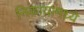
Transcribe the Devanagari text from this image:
निकायामध्ये